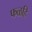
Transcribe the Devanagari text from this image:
फळहि